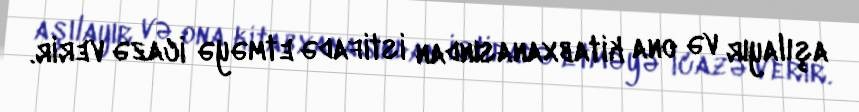
aşılayır və ona kitabxanasından istifadə etməyə icazə verir.